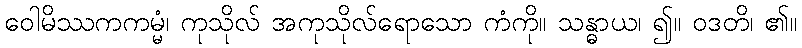
ဝေါမိဿကကမ္မံ၊ ကုသိုလ် အကုသိုလ်ရောသော ကံကို။ သန္ဓာယ၊ ၍။ ဝဒတိ၊ ၏။